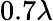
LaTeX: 0.7\lambda